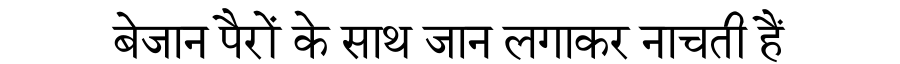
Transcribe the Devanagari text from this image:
बेजान पैरों के साथ जान लगाकर नाचती हैं